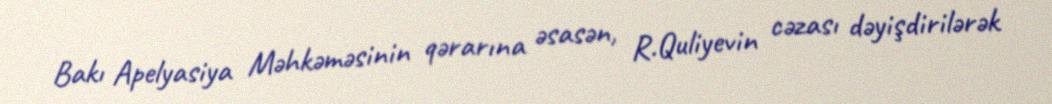
Bakı Apelyasiya Məhkəməsinin qərarına əsasən, R.Quliyevin cəzası dəyişdirilərək